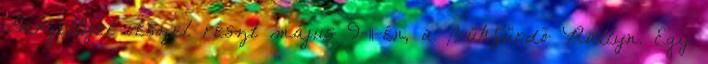
Gergellyel veszel részt május 9-11-én, a Bükfürdő Rallyn. Egy